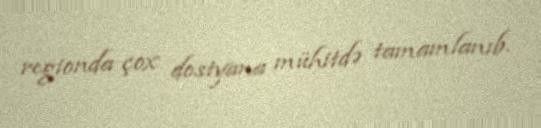
regionda çox dostyana mühitdə tamamlanıb.